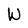
Character: W